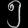
Digit: ၅